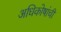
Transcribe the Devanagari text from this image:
अधिकोषांची